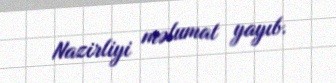
Nazirliyi məlumat yayıb.